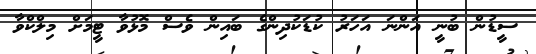
ސީޑުން ބުނީ އަންނަ އަަހަރު ކުޑަކުދިންގެ ބައިން ވެސް މޮޅުވާ ޓީމަށް މިލްކްވާ